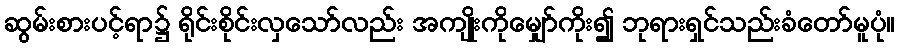
ဆွမ်းစားပင့်ရာ၌ ရိုင်းစိုင်းလှသော်လည်း အကျိုးကိုမျှော်ကိုး၍ ဘုရားရှင်သည်းခံတော်မူပုံ။